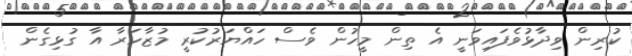
ކުރިން ވިދާޅުވެފައިވަނީ އެ ތިން މީހުން ވެސް ހައްޔަރުކުރީ މުޒާހަރާ އާ ގުޅިގެން